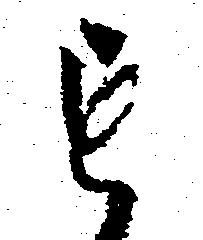
も